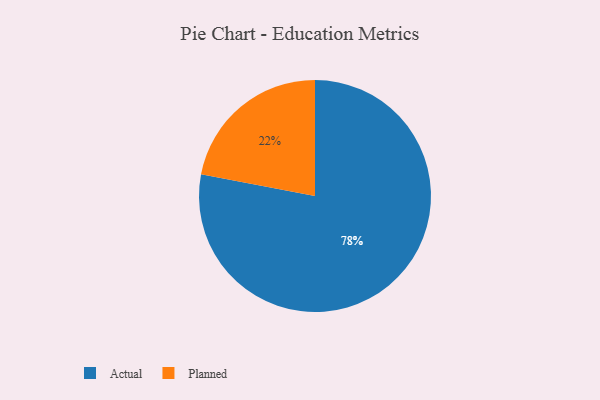
{"axis": {"x": "Category", "y": "Percentage"}, "legend": ["Actual", "Planned"], "data": [{"x": "Actual", "y": 78, "type": "Actual"}, {"x": "Planned", "y": 22, "type": "Planned"}]}